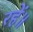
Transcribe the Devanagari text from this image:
रहें॥